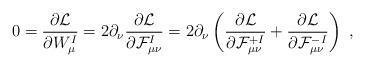
LaTeX: \begin{align*}0=\frac{\partial{\cal L}}{\partial W_\mu^I}=2\partial_\nu\frac{\partial{\cal L}}{\partial {\cal F}^I_{\mu\nu}}= 2\partial_\nu\left( \frac{\partial{\cal L}}{\partial {\cal F}^{+I}_{\mu\nu}}+ \frac{\partial{\cal L}}{\partial {\cal F}^{-I}_{\mu\nu}}\right)\ ,\end{align*}